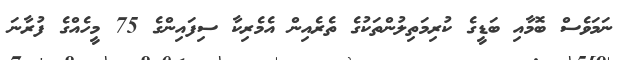
ނަމަވެސް ބޮމާއި ބަޑީގެ ކުރިމަތިލުންތަކުގެ ތެރެއިން އެމެރިކާ ސިފައިންގެ 75 މީހެއްގެ ފުރާނަ